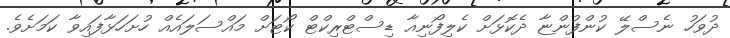
ދުވަހު ނެސްލޭ ކުންފުންޏާ ދެކޮޅަށް ކެލިފޯނިއާ ޑިސްޓްރިކްޓް ކޯޓަށް މައްސަލައެއް ހުށަހަޅާފައިވާ ކަމަށެވެ.